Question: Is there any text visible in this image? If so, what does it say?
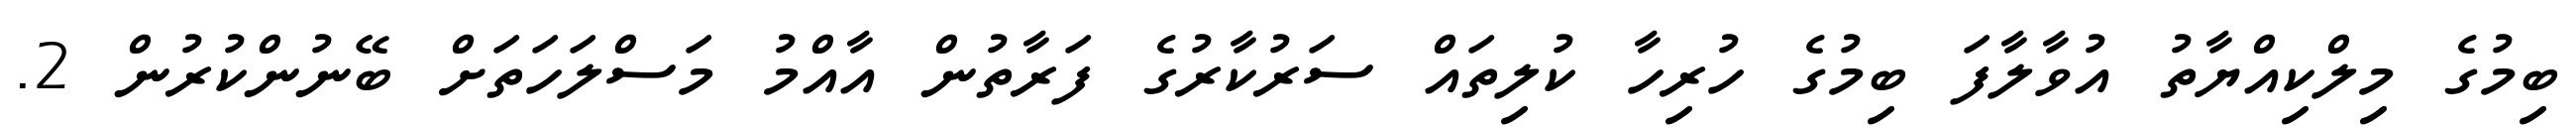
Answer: ބިމުގެ މިލްކިއްޔާތު އުވާލާފަ ބިމުގެ ހުރިހާ ކުލިތައް ސަރުކާރުގެ ފަރާތުން އާއްމު މަސްލަހަތަށް ބޭނުންކުރުން 2.